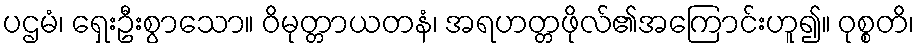
ပဌမံ၊ ရှေးဦးစွာသော။ ဝိမုတ္တာယတနံ၊ အရဟတ္တဖိုလ်၏အကြောင်းဟူ၍။ ဝုစ္စတိ၊